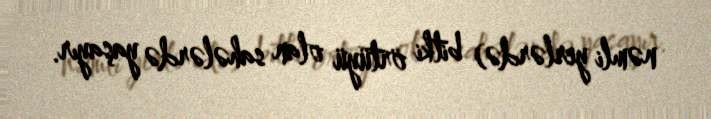
nəmli yerlərdə) bitki örtüyü olan sahələrdə yaşayır.